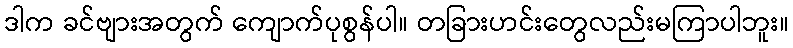
ဒါက ခင်ဗျားအတွက် ကျောက်ပုစွန်ပါ။ တခြားဟင်းတွေလည်းမကြာပါဘူး။